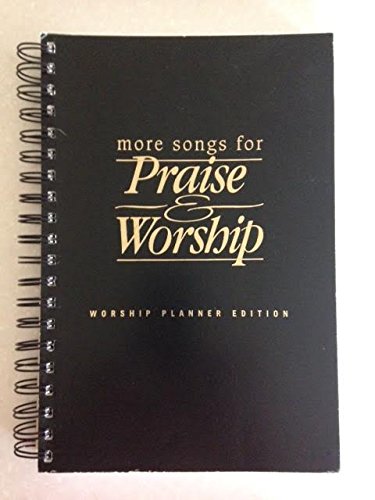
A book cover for More Songs for Praise & Worship [With Full Mix Recording Reference CD]; Christian Books & Bibles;